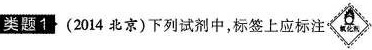
类题1 (2014北京)下列试剂中，标签上应标注